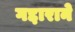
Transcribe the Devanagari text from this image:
गद्दाराने